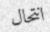
انتحال